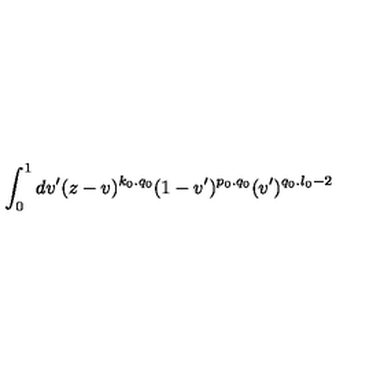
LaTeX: \int _ { 0 } ^ { 1 } d v ^ { \prime } ( z - v ) ^ { k _ { 0 } . q _ { 0 } } ( 1 - v ^ { \prime } ) ^ { p _ { 0 } . q _ { 0 } } ( v ^ { \prime } ) ^ { q _ { 0 } . l _ { 0 } - 2 }